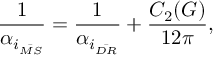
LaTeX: \frac { 1 } { \alpha _ { i _ { \bar { M S } } } } = \frac { 1 } { \alpha _ { i _ { \bar { D R } } } } + \frac { C _ { 2 } ( G ) } { 1 2 \pi } ,